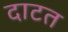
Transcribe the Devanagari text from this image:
दाटत